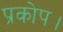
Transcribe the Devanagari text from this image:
प्रकोप।